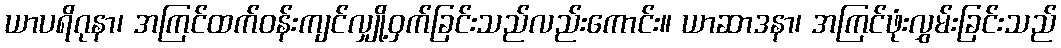
ယာပရိဂုနာ၊ အကြင်ထက်ဝန်းကျင်လျှို့ဝှက်ခြင်းသည်လည်းကောင်း။ ယာဆာဒနာ၊ အကြင်ဖုံးလွှမ်းခြင်းသည်